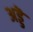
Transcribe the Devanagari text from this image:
अड्डॆ